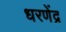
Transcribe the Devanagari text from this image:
धरणेंद्र